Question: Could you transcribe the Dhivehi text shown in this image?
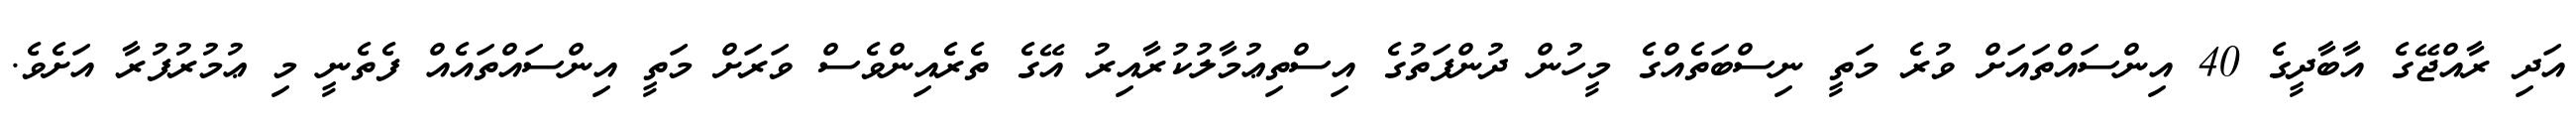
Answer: އަދި ރާއްޖޭގެ އާބާދީގެ 40 އިންސައްތައަށް ވުރެ މަތީ ނިސްބަތެއްގެ މީހުން ދުންފަތުގެ އިސްތިޢުމާލުކުރާއިރު އޭގެ ތެރެއިންވެސް ވަރަށް މަތީ އިންސައްތައެއް ފެތެނީ މި ޢުމުރުފުރާ އަށެވެ.